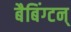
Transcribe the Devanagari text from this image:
बैबिंग्टन्